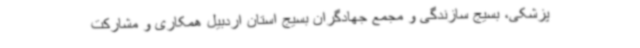
پزشکی، بسیج سازندگی و مجمع جهادگران بسیج استان اردبیل همکاری و مشارکت